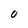
Character: O